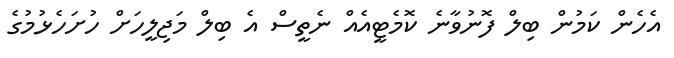
އެހެން ކަމުން ބިލް ފޮނުވާނެ ކޮމެޓީއެއް ނެތީސް އެ ބިލް މަޖިލީހަށް ހުށަހެޅުމުގެ